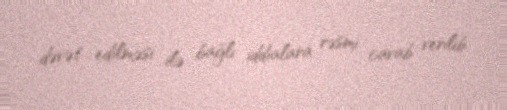
dəvət edilməsi ilə bağlı iddialara rəsmi cavab verilib.